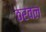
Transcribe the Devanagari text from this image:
ठरवल